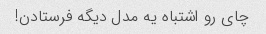
چای رو اشتباه یه مدل دیگه فرستادن!